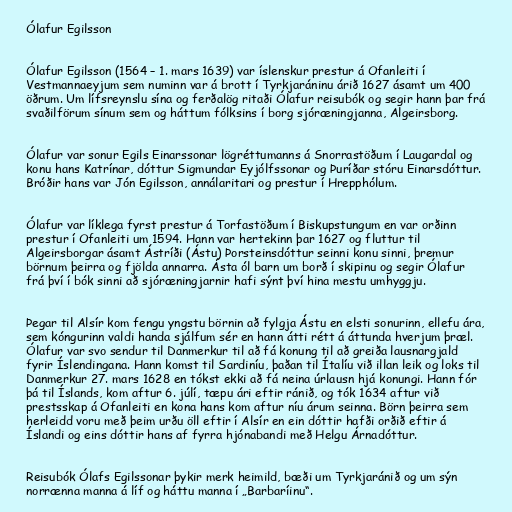
Ólafur Egilsson

Ólafur Egilsson (1564 – 1. mars 1639) var íslenskur prestur á Ofanleiti í
Vestmannaeyjum sem numinn var á brott í Tyrkjaráninu árið 1627 ásamt um 400
öðrum. Um lífsreynslu sína og ferðalög ritaði Ólafur reisubók og segir hann þar frá
svaðilförum sínum sem og háttum fólksins í borg sjóræningjanna, Algeirsborg.

Ólafur var sonur Egils Einarssonar lögréttumanns á Snorrastöðum í Laugardal og
konu hans Katrínar, dóttur Sigmundar Eyjólfssonar og Þuríðar stóru Einarsdóttur.
Bróðir hans var Jón Egilsson, annálaritari og prestur í Hrepphólum.

Ólafur var líklega fyrst prestur á Torfastöðum í Biskupstungum en var orðinn
prestur í Ofanleiti um 1594. Hann var hertekinn þar 1627 og fluttur til
Algeirsborgar ásamt Ástríði (Ástu) Þorsteinsdóttur seinni konu sinni, þremur
börnum þeirra og fjölda annarra. Ásta ól barn um borð í skipinu og segir Ólafur
frá því í bók sinni að sjóræningjarnir hafi sýnt því hina mestu umhyggju.

Þegar til Alsír kom fengu yngstu börnin að fylgja Ástu en elsti sonurinn, ellefu ára,
sem kóngurinn valdi handa sjálfum sér en hann átti rétt á áttunda hverjum þræl.
Ólafur var svo sendur til Danmerkur til að fá konung til að greiða lausnargjald
fyrir Íslendingana. Hann komst til Sardiníu, þaðan til Ítalíu við illan leik og loks til
Danmerkur 27. mars 1628 en tókst ekki að fá neina úrlausn hjá konungi. Hann fór
þá til Íslands, kom aftur 6. júlí, tæpu ári eftir ránið, og tók 1634 aftur við
prestsskap á Ofanleiti en kona hans kom aftur níu árum seinna. Börn þeirra sem
herleidd voru með þeim urðu öll eftir í Alsír en ein dóttir hafði orðið eftir á
Íslandi og eins dóttir hans af fyrra hjónabandi með Helgu Árnadóttur.

Reisubók Ólafs Egilssonar þykir merk heimild, bæði um Tyrkjaránið og um sýn
norrænna manna á líf og háttu manna í „Barbaríinu“.